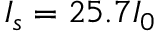
I _ { s } = 2 5 . 7 I _ { 0 }